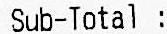
SUB-TOTAL :